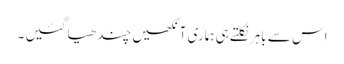
اس سے باہر نکلتے ہی ہماری آنکھیں چندھیا گئیں ۔